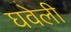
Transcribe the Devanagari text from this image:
घवेली